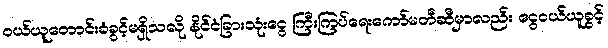
ဝယ်ယူတောင်းခံခွင့်မရှိသလို နိုင်ငံခြားသုံးငွေ ကြီးကြပ်ရေးကော်မတီဆီမှာလည်း ငွေဝယ်ယူခွင့်